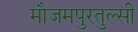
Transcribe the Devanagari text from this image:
मौजमपुरतुल्सी